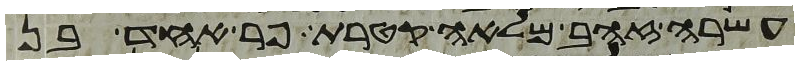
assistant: עשרה זהב מלאה קטרת פר אחד בן